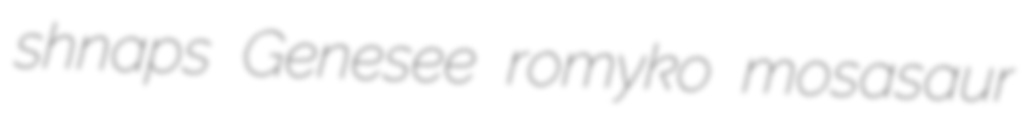
shnaps Genesee romyko mosasaur